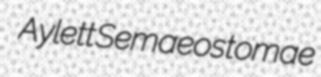
Aylett Semaeostomae